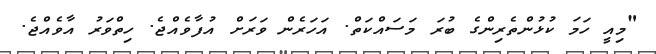
"މިއީ ހަމަ ކުޅުންތެރިންގެ ބުރަ މަސައްކަތް. އަހަރެން ވަރަށް އުފާވެއްޖެ. ހިތްވަރު އާވެއްޖެ.